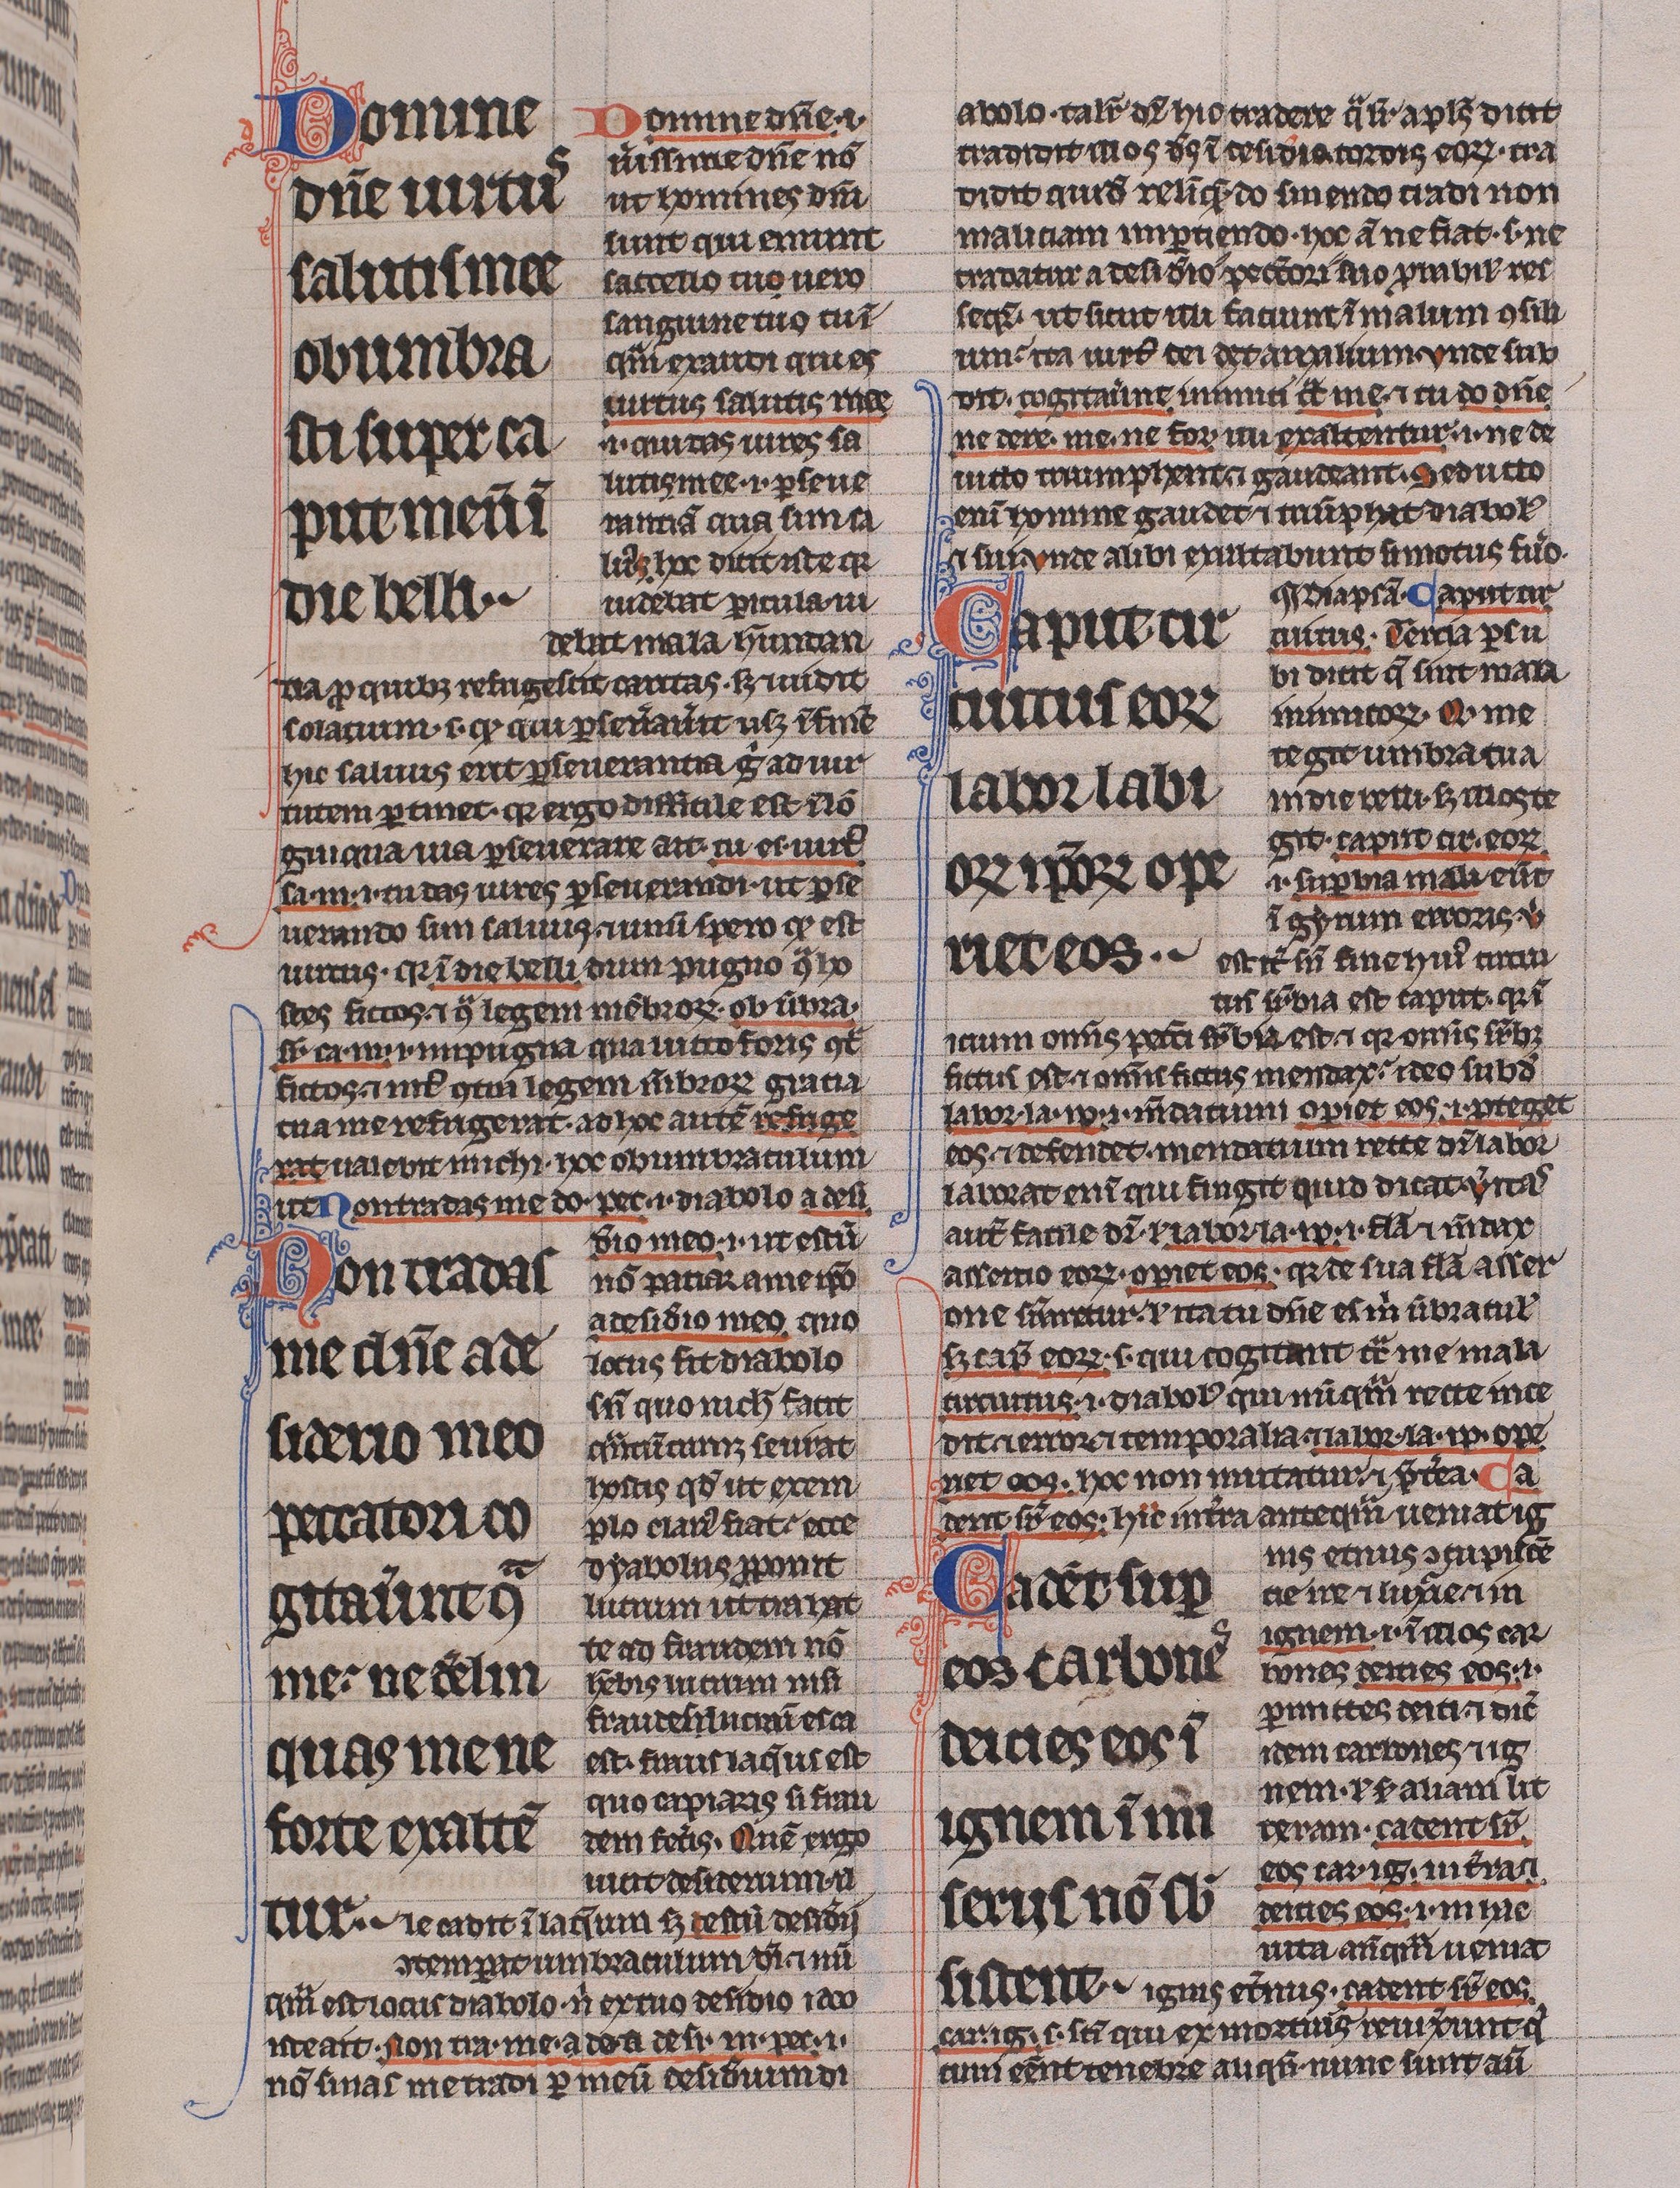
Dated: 1225–1250